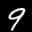
Label: 9